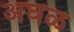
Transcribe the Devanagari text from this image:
अघळ